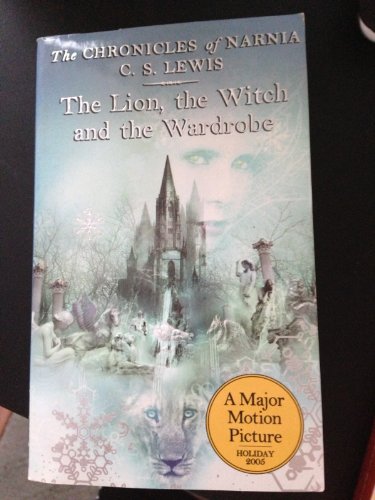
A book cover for The Lion, the Witch and the Wardrobe (The Chronicles of Narnia, Book 2); C. S. Lewis; Christian Books & Bibles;